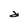
Character: d